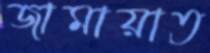
জামায়াত